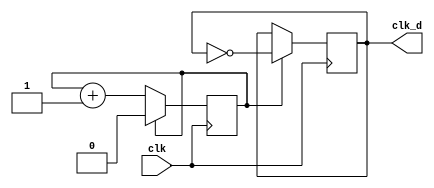
`timescale 1ns / 1ps


module clock(clk,clk_d);
parameter div_value=1;
input clk;
output clk_d;
    reg clk_d;
    reg count;
    initial
        begin
        clk_d=0;
        count=0;
    end
    always @(posedge clk)
        begin
            if (count == div_value)
                count <= 0;
            else
                count<=count+1;
        end
        
        always @ (posedge clk)
            begin
                if (count == div_value)
                    clk_d<= ~ clk_d;
            end
endmodule

module h_counter(clk,count,trig);
input clk;
output [9:0] count;
output trig;
reg [9:0] count;
reg trig;
initial count = 0;
initial trig = 0;
always @ (posedge clk)
    begin
        if (count < 799)
             
            begin
                trig <= 0;
                count <= count + 1;
            end
        else
            begin
                count <= 0;
                trig = 1;
            end
    end
endmodule

module count_v(clk,enable_v,v_count);

input clk;
input enable_v;
output [9:0] v_count;
reg [9:0] v_count;
initial v_count = 0;
always @ (posedge clk)
    begin
        if (enable_v == 1)
        begin
            if (v_count < 524) 
                 
                begin
                    v_count <= v_count + 1;
                end
            else
                begin
                    v_count <= 0;
                end
        end
    end
endmodule



module vga_sync(
    input [9:0] h_count,
    input [9:0] v_count,
    output h_sync,
    output v_sync,
    output video_on,
    output [9:0] x_loc,
    output [9:0] y_loc
    );
    
    //horizontal
    localparam HD = 640;
    localparam HF = 16;
    localparam HB = 48;
    localparam HR = 96;
    
    //vertical
    localparam VD = 480;
    localparam VF = 10;
    localparam VB = 33;
    localparam VR = 2;
    
    assign h_sync = h_count<(HD+HF)||h_count>(HD+HF+HR);
    assign v_sync = v_count < (VD+VF) | v_count > (VD+VF+VR);
    assign video_on = h_count < HD;
    assign x_loc = h_count;
    assign y_loc = v_count; 
    
   endmodule


module digits(
input [9:0] num,
output [3:0] ones,
output [3:0] tens,
output [3:0] hundreds,
output [3:0] thousand
    );
    assign thousand = num/1000;
    assign hundreds = (num%1000)/100;
    assign tens = ((num%1000)%100)/10;
    assign ones = (((num%1000)%100)%10);
    
    
endmodule


module seg7_control(
    input clk_100MHz,
    input reset,
    input [3:0] ones,
    input [3:0] tens,
    input [3:0] hundreds,
    input [3:0] thousands,
    output reg [0:6] seg,       // segment pattern 0-9
    output reg [3:0] digit      // digit select signals
    );
    
    // Parameters for segment patterns
    parameter ZERO  = 7'b000_0001;  // 0
    parameter ONE   = 7'b100_1111;  // 1
    parameter TWO   = 7'b001_0010;  // 2 
    parameter THREE = 7'b000_0110;  // 3
    parameter FOUR  = 7'b100_1100;  // 4
    parameter FIVE  = 7'b010_0100;  // 5
    parameter SIX   = 7'b010_0000;  // 6
    parameter SEVEN = 7'b000_1111;  // 7
    parameter EIGHT = 7'b000_0000;  // 8
    parameter NINE  = 7'b000_0100;  // 9
    
    // To select each digit in turn
    reg [1:0] digit_select;     // 2 bit counter for selecting each of 4 digits
    reg [16:0] digit_timer;     // counter for digit refresh
    
    // Logic for controlling digit select and digit timer
    always @(posedge clk_100MHz or posedge reset) begin
        if(reset) begin
            digit_select <= 0;
            digit_timer <= 0; 
        end
        else                                        // 1ms x 4 displays = 4ms refresh period
            if(digit_timer == 99_999) begin         // The period of 100MHz clock is 10ns (1/100,000,000 seconds)
                digit_timer <= 0;                   // 10ns x 100,000 = 1ms
                digit_select <=  digit_select + 1;
            end
            else
                digit_timer <=  digit_timer + 1;
    end
    
    // Logic for driving the 4 bit anode output based on digit select
    always @(digit_select) begin
        case(digit_select) 
            2'b00 : digit = 4'b1110;   // Turn on ones digit
            2'b01 : digit = 4'b1101;   // Turn on tens digit
            2'b10 : digit = 4'b1011;   // Turn on hundreds digit
            2'b11 : digit = 4'b0111;   // Turn on thousands digit
        endcase
    end
    
    // Logic for driving segments based on which digit is selected and the value of each digit
    always @*
        case(digit_select)
            2'b00 : begin       // ONES DIGIT
                        case(ones)
                            4'b0000 : seg = ZERO;
                            4'b0001 : seg = ONE;
                            4'b0010 : seg = TWO;
                            4'b0011 : seg = THREE;
                            4'b0100 : seg = FOUR;
                            4'b0101 : seg = FIVE;
                            4'b0110 : seg = SIX;
                            4'b0111 : seg = SEVEN;
                            4'b1000 : seg = EIGHT;
                            4'b1001 : seg = NINE;
                        endcase
                    end
                    
            2'b01 : begin       // TENS DIGIT
                        case(tens)
                            4'b0000 : seg = ZERO;
                            4'b0001 : seg = ONE;
                            4'b0010 : seg = TWO;
                            4'b0011 : seg = THREE;
                            4'b0100 : seg = FOUR;
                            4'b0101 : seg = FIVE;
                            4'b0110 : seg = SIX;
                            4'b0111 : seg = SEVEN;
                            4'b1000 : seg = EIGHT;
                            4'b1001 : seg = NINE;
                        endcase
                    end
                    
            2'b10 : begin       // HUNDREDS DIGIT
                        case(hundreds)
                            4'b0000 : seg = ZERO;
                            4'b0001 : seg = ONE;
                            4'b0010 : seg = TWO;
                            4'b0011 : seg = THREE;
                            4'b0100 : seg = FOUR;
                            4'b0101 : seg = FIVE;
                            4'b0110 : seg = SIX;
                            4'b0111 : seg = SEVEN;
                            4'b1000 : seg = EIGHT;
                            4'b1001 : seg = NINE;
                        endcase
                    end
                    
            2'b11 : begin       // MINUTES ONES DIGIT
                        case(thousands)
                            4'b0000 : seg = ZERO;
                            4'b0001 : seg = ONE;
                            4'b0010 : seg = TWO;
                            4'b0011 : seg = THREE;
                            4'b0100 : seg = FOUR;
                            4'b0101 : seg = FIVE;
                            4'b0110 : seg = SIX;
                            4'b0111 : seg = SEVEN;
                            4'b1000 : seg = EIGHT;
                            4'b1001 : seg = NINE;
                        endcase
                    end
        endcase

endmodule